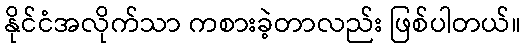
နိုင်ငံအလိုက်သာ ကစားခဲ့တာလည်း ဖြစ်ပါတယ်။